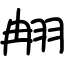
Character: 䎃